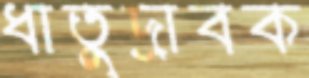
ধাতুদ্রাবক